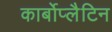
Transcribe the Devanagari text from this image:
कार्बोप्लैटिन